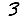
Digit: 3